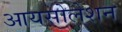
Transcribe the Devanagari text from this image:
आयसोलेशन